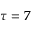
\tau = 7